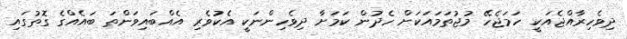
ދިވެހިރާއްޖެއަކީ ހަމަޖެހޭ މުޖުތަމައަކަށް ހެދުން ކަމަށާ ދިވެހިންނަކީ އެކުވެރި އެއްބައިވަންތަ ބައެއްގެ ގޮތުގައި